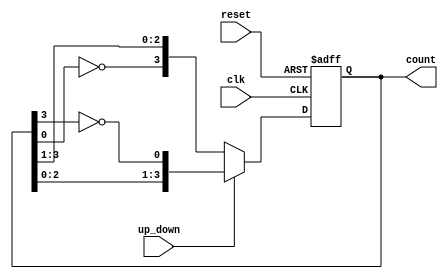
module bidirectional_johnson_counter (
    input wire clk,            // Clock signal
    input wire reset,          // Reset signal
    input wire up_down,        // Up/Down control signal (1 for up, 0 for down)
    output reg [n-1:0] count   // Output count (n-bit Johnson counter)
);
    parameter n = 4; // Number of bits in the counter

    always @(posedge clk or posedge reset) begin
        if (reset) begin
            count <= 0; // Reset the counter to 0
        end else begin
            if (up_down) begin
                // Counting Up (Right Shift)
                count <= {count[n-2:0], ~count[n-1]}; // Shift right and feedback inverted last bit
            end else begin
                // Counting Down (Left Shift)
                count <= {~count[0], count[n-1:1]}; // Shift left and feedback inverted first bit
            end
        end
    end
endmodule